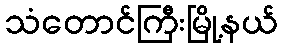
သံတောင်ကြီးမြို့နယ်